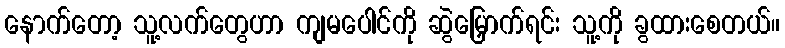
နောက်တော့ သူ့လက်တွေဟာ ကျမပေါင်ကို ဆွဲမြှောက်ရင်း သူ့ကို ခွထားစေတယ်။